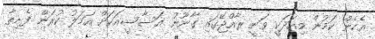
އެހެން ކަމުން މިއަދަކީ ވަނީ ރާއްޖޭގައި ގާނޫނު އަސާސީއަކަށް އަމަލު ކުރަން ފެށިތާ